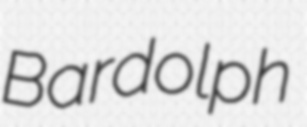
Bardolph